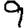
Digit: 9